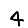
Digit: 4